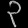
Digit: ၃